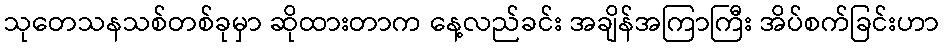
သုတေသနသစ်တစ်ခုမှာ ဆိုထားတာက နေ့လည်ခင်း အချိန်အကြာကြီး အိပ်စက်ခြင်းဟာ